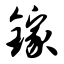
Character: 镓